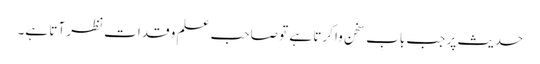
حدیث پر جب بابِ سخن وا کرتا ہے تو صاحب علم و قدات نظر آتا ہے۔